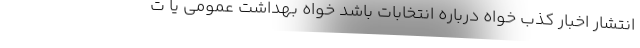
انتشار اخبار کذب خواه درباره انتخابات باشد خواه بهداشت عمومی یا ت